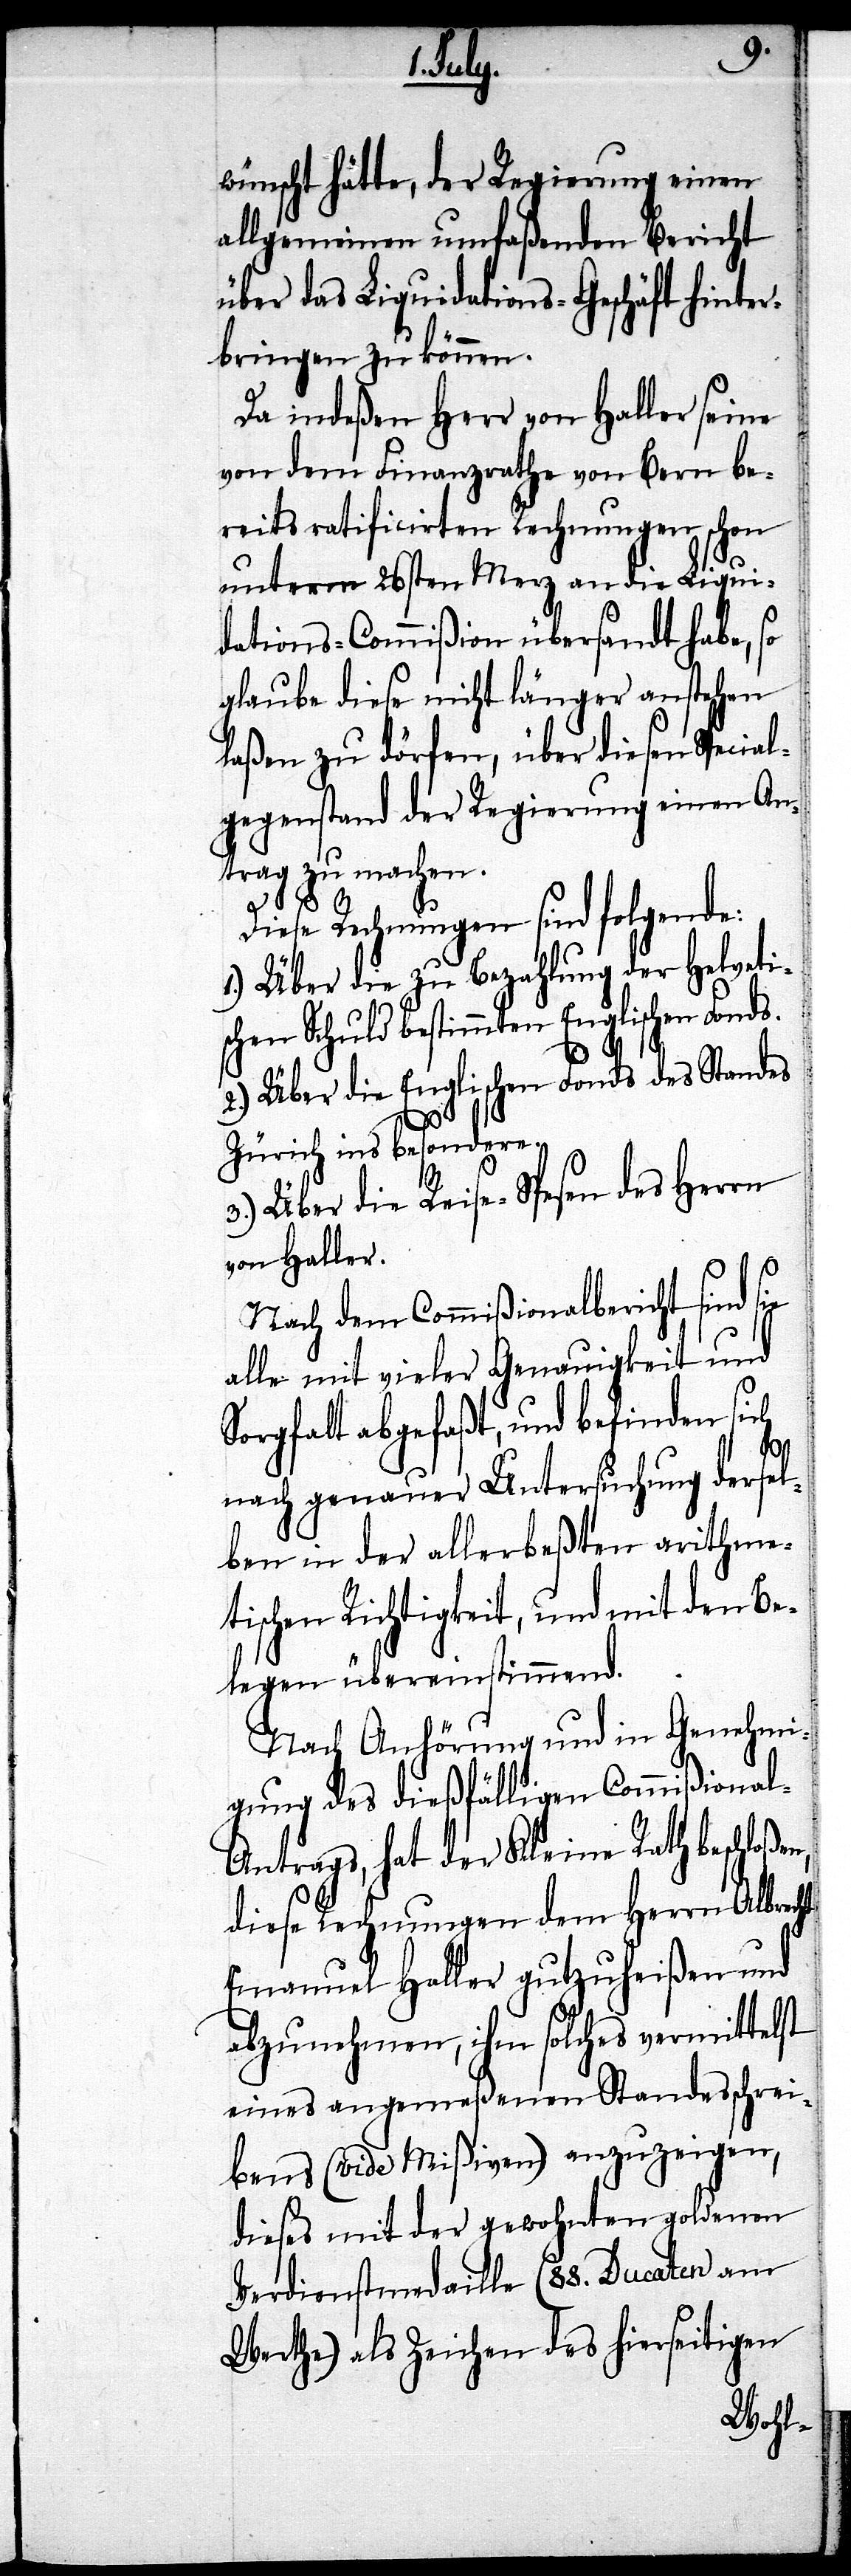
wünscht hätte, der Regierung einen
allgemeinen umfaßenden Bericht
über das Liquidations-Geschäft hinter¬
bringen zu können.
Da indeßen Herr von Haller seine
von dem Finanzrathe von Bern be¬
reits ratificirten Rechnungen schon
unterm 26sten Merz an die Liqui¬
dations-Commißion übersandt habe, so
glaube diese nicht länger anstehen
laßen zu dörfen, über diesen Special¬
gegenstand der Regierung einen An¬
trag zu machen.
Diese Rechnungen sind folgende:
1.) Über die zu Bezahlung der helveti¬
schen Schuld bestimmten Englischen Fonds.
2.) Über die Englischen Fonds des Standes
Zürich ins besondere.
Über die Reise-Spesen des Herrn
von Haller.
Nach dem Commißionalbericht sind sie
alle mit vieler Genauigkeit und
Sorgfalt abgefaßt, und befinden sich
nach genauer Untersuchung dersel¬
ben in der allerbeßten arithme¬
tischen Richtigkeit, und mit den Be¬
legen übereinstimmend.
Nach Anhörung und in Genehmi¬
gung des dießfälligen Commißiona¬
l-Antrags, hat der Kleine Rath beschloßen,
diese Rechnungen dem Herrn Albrecht
Emanuel Haller gutzuheißen und
abzunehmen, ihm solches vermittelst
eines angemeßenen Standesschrei¬
bens (vide Mißiven) anzuzeigen,
dieses mit der gewohnten goldenen
Verdienstmedaille (88. Ducaten am
Werthe) als Zeichen des hierseitigen